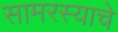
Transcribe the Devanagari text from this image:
सामरस्याचे